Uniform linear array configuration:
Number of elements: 8
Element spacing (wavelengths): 0.75
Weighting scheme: uniform
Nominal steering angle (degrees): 45
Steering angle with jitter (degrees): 43.466
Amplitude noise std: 0.05
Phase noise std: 0.05

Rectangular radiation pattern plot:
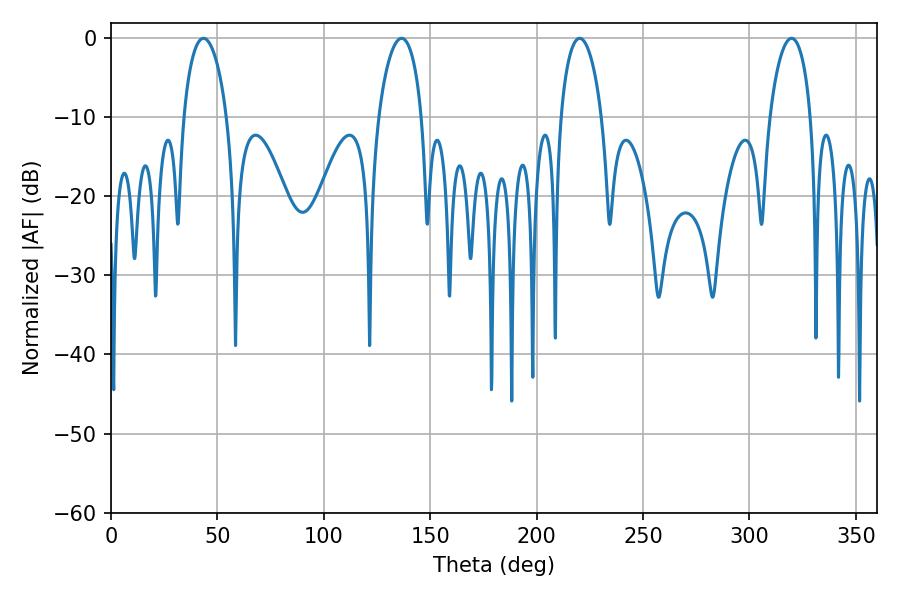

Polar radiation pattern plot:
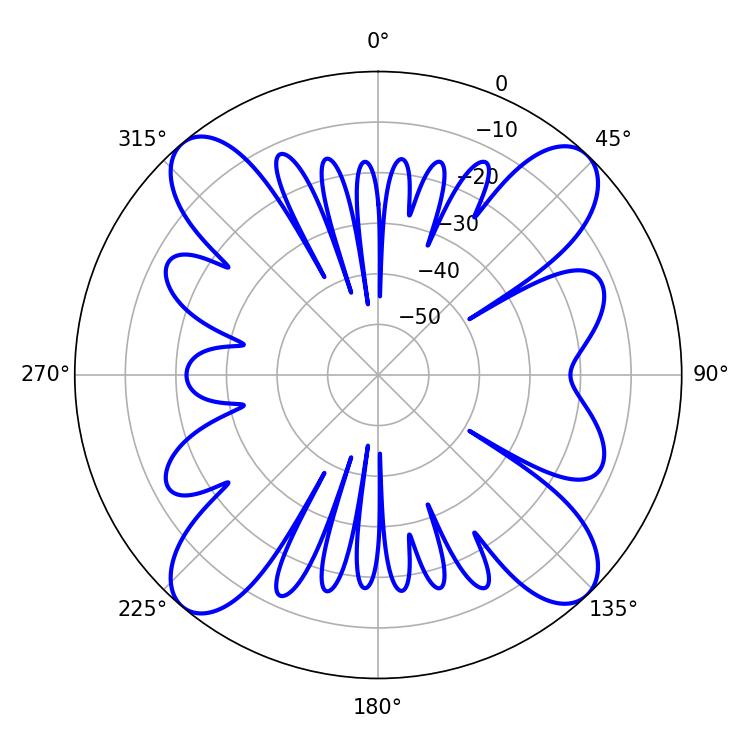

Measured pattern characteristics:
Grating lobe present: TRUE
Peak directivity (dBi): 16.736
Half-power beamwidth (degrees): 10.98
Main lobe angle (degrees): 220.14